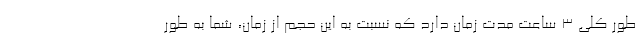
طور کلی ۳ ساعت مدت زمان دارد که نسبت به این حجم از زمان، شما به طور